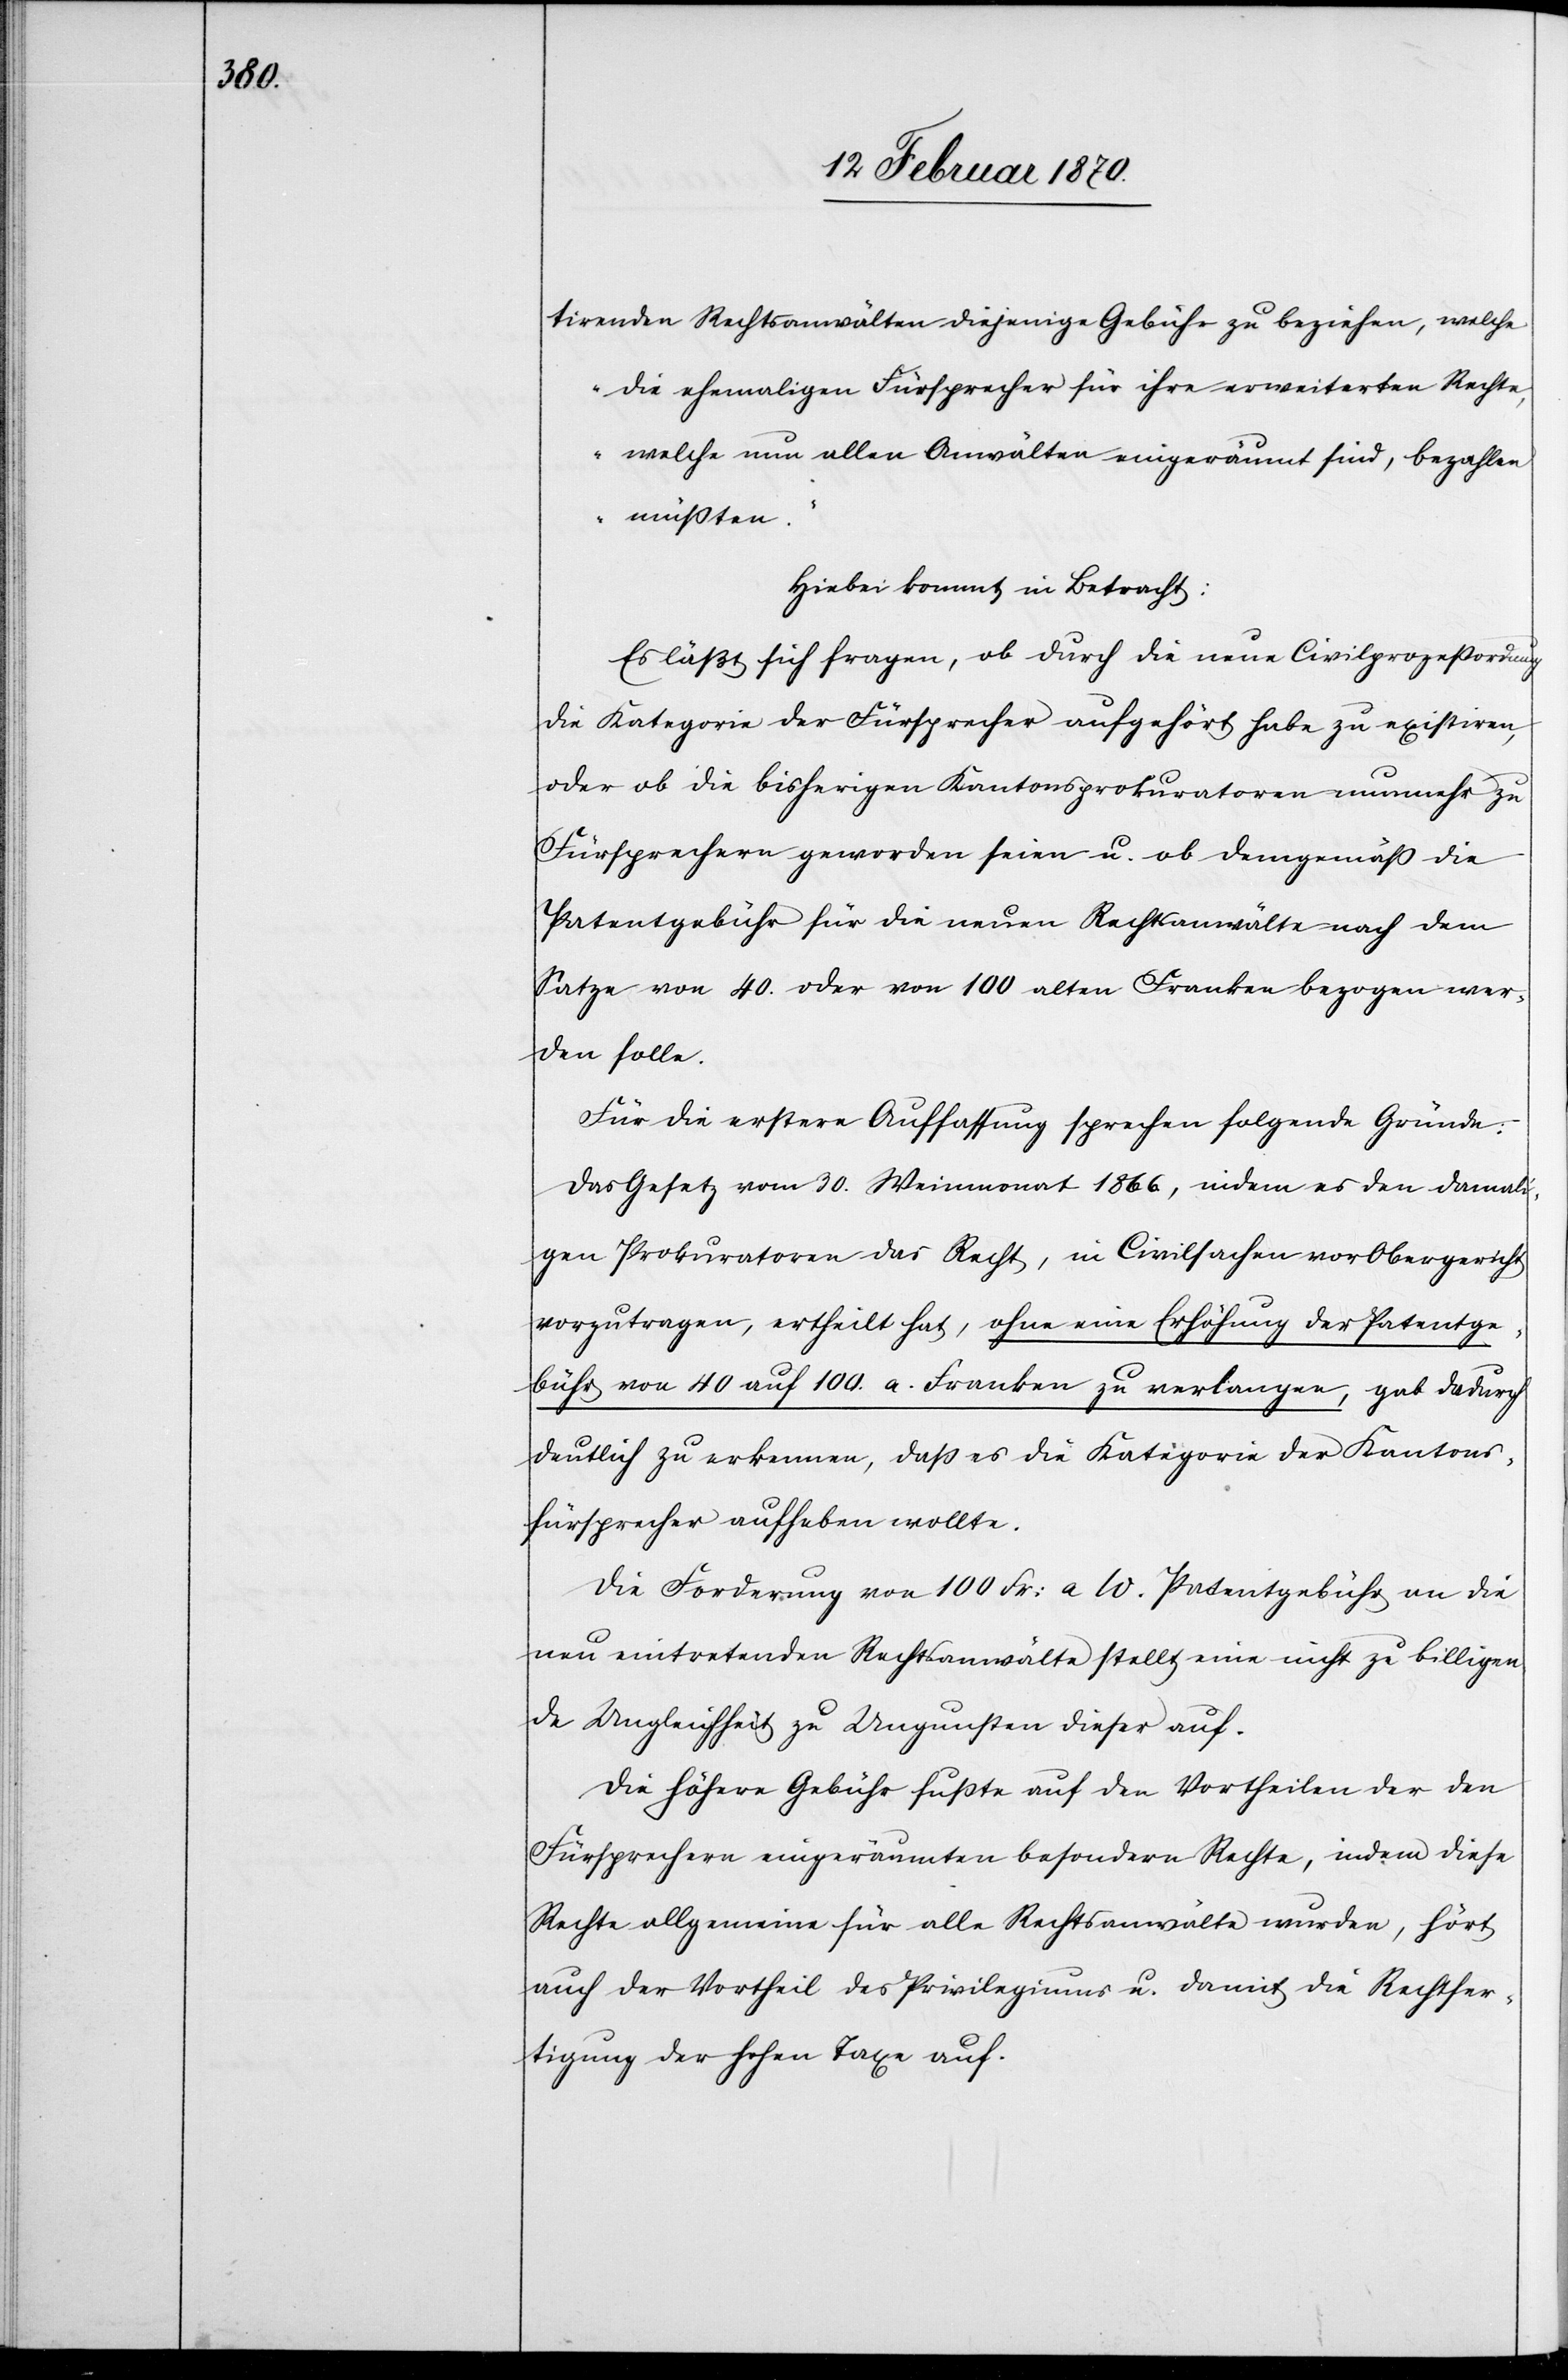
tirenden Rechtsanwälten diejenige Gebühr zu beziehen, welche
die ehemaligen Fürsprecher für ihre erweiterten Rechte,
welche nun allen Anwälten eingeräumt sind, bezahlen
müßten.“
Hiebei kommt in Betracht:
Es läßt sich fragen, ob durch die neue Civilprozeßordnung
die Kategorie der Fürsprecher aufgehört habe zu existiren,
oder ob die bisherigen Kantonsprokuratoren nunmehr zu
Fürsprechern geworden seien u. ob demgemäß die
Patentgebühr für die neuen Rechtsanwälte nach dem
Satze von 40. oder von 100 alten Franken bezogen wer¬
den solle.
Für die erstere Auffassung sprechen folgende Gründe:
Das Gesetz vom 30. Weinmonat 1866., indem es den damali¬
gen Prokuratoren das Recht, in Civilsachen vor Obergericht
vorzutragen, ertheilt hat, ohne eine Erhöhung der Patentge¬
bühr von 40 auf 100. a. Franken zu verlangen, gab dadurch
deutlich zu erkennen, daß es die Kategorie der Kantons¬
fürsprecher aufheben wollte.
Die Forderung von 100 Fr: a W. Patentgebühr an die
neu eintretenden Rechtsanwälte stellt eine nicht zu billigen¬
de Ungleichheit zu Ungunsten dieser auf.
Die höhere Gebühr fußte auf den Vortheilen der den
Fürsprechern eingeräumten besondern Rechte, indem diese
Rechte allgemeine für alle Rechtsanwälte wurden, hört
auch der Vortheil des Privilegiums u. damit die Rechtfer¬
tigung der hohen Taxe auf.